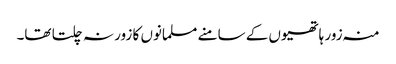
منہ زور ہاتھیوں کے سامنے مسلمانوں کا زور نہ چلتا تھا۔